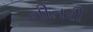
નીતરી